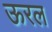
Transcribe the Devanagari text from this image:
ऊरल